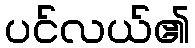
ပင်လယ်၏